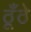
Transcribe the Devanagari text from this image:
ठूँठे